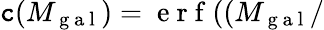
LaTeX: \mathtt{c}(M_{\mathrm{{~g~a~l~}}})=\mathrm{{~e~r~f~}}((M_{\mathrm{{~g~a~l~}}}/